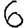
Digit: 6